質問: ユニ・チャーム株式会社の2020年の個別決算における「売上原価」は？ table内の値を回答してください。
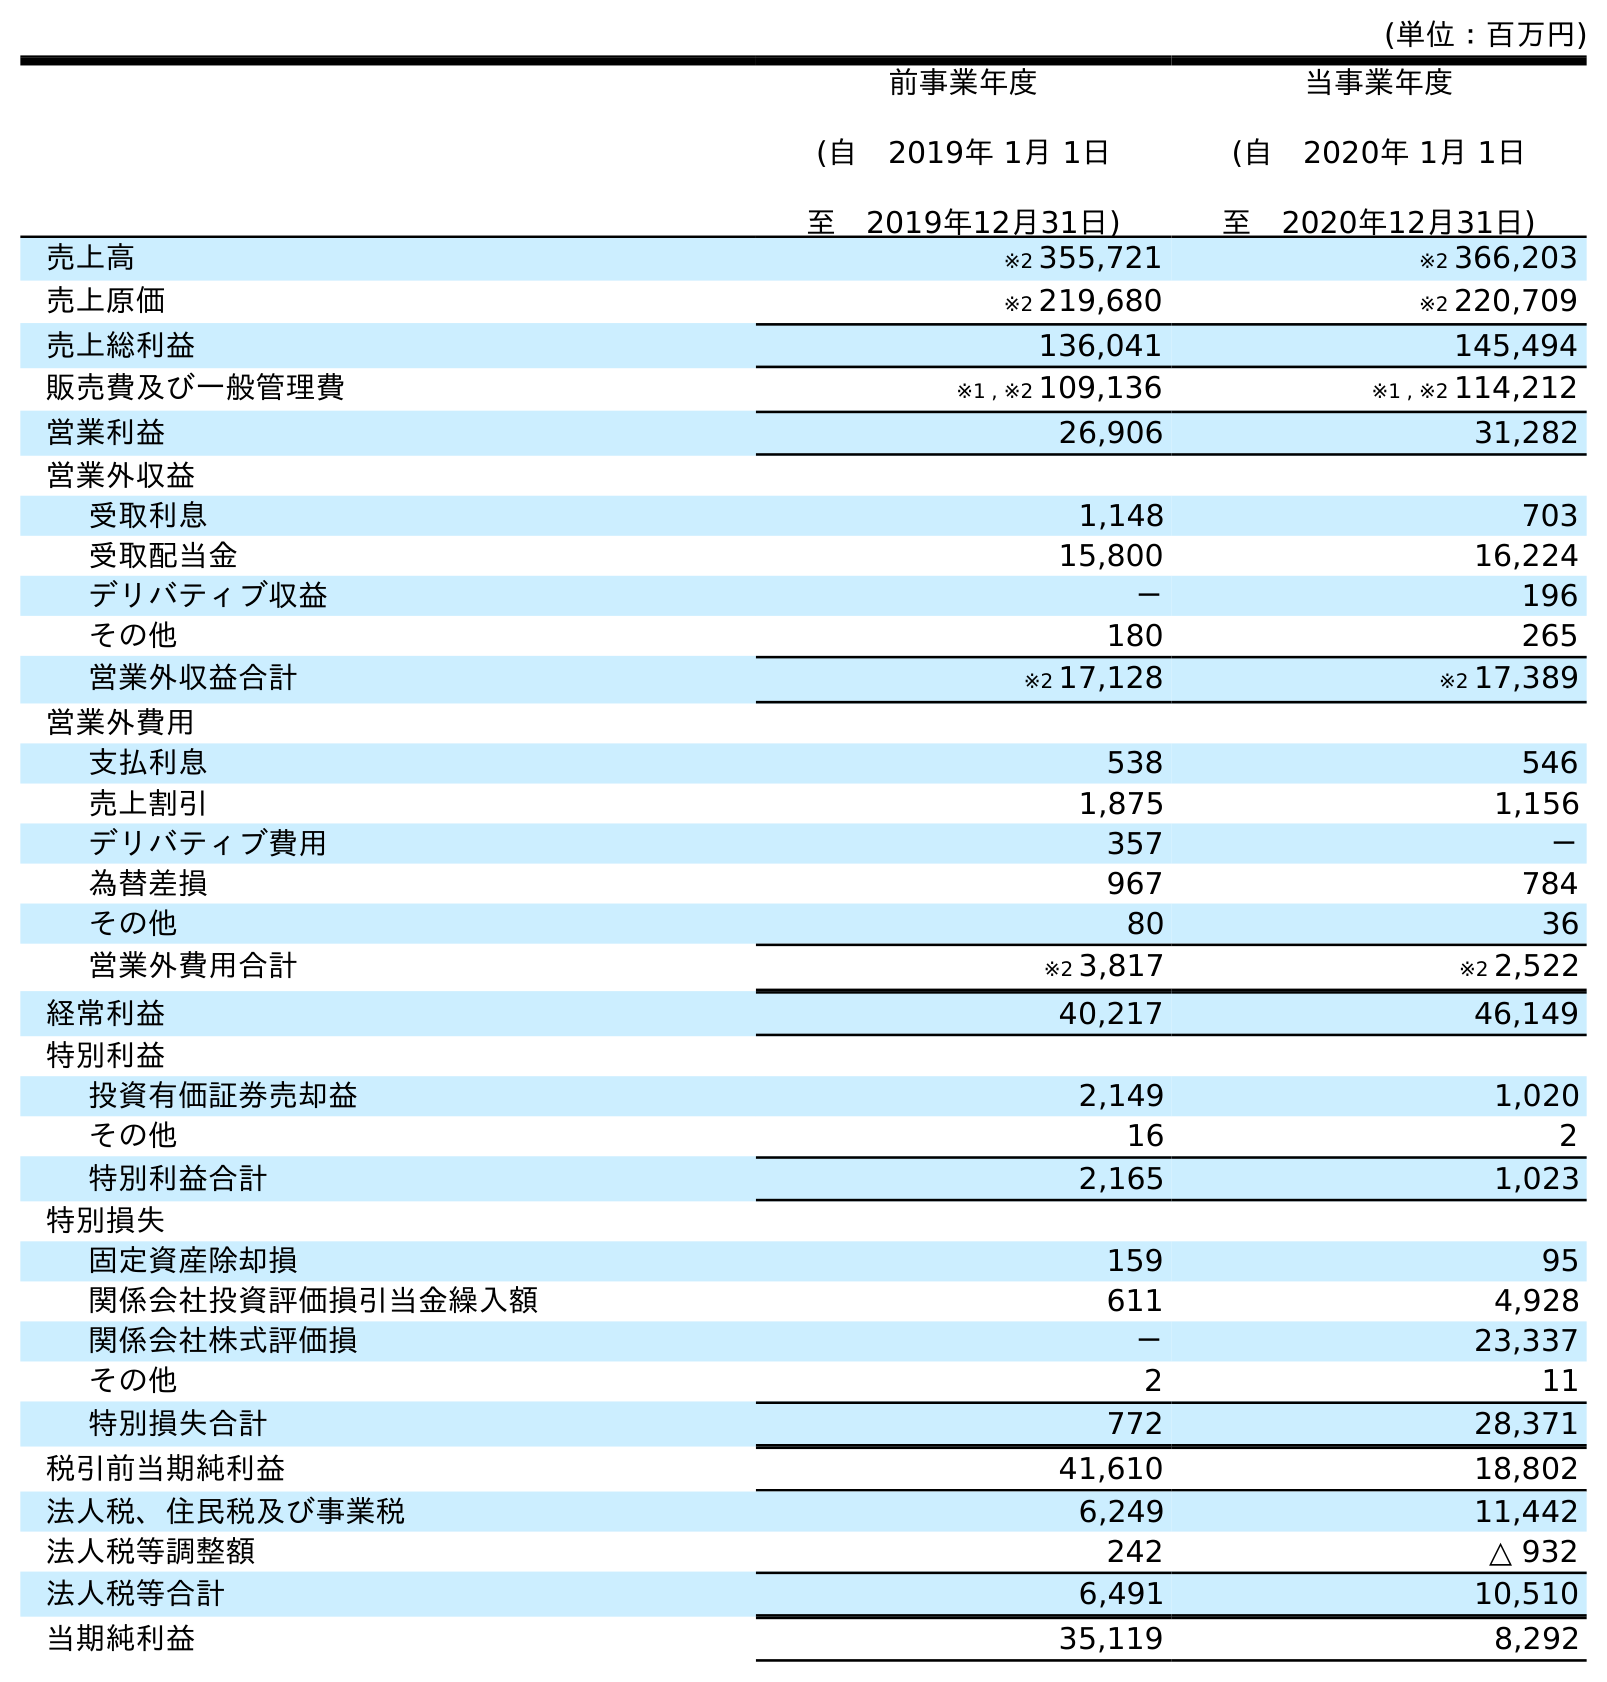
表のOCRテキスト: (単位：百万円) 前事業年度 (自 2019年 1月 1日 至 2019年12月31日) 当事業年度 (自 2020年 1月 1日 至 2020年12月31日) 売上高 ※2 355,721 ※2 366,203 売上原価 ※2 219,680 ※2 220,709 売上総利益 136,041 145,494 販売費及び一般管理費 ※1 , ※2 109,136 ※1 , ※2 114,212 営業利益 26,906 31,282 営業外収益 受取利息 1,148 703 受取配当金 15,800 16,224 デリバティブ収益 － 196 その他 180 265 営業外収益合計 ※2 17,128 ※2 17,389 営業外費用 支払利息 538 546 売上割引 1,875 1,156 デリバティブ費用 357 － 為替差損 967 784 その他 80 36 営業外費用合計 ※2 3,817 ※2 2,522 経常利益 40,217 46,149 特別利益 投資有価証券売却益 2,149 1,020 その他 16 2 特別利益合計 2,165 1,023 特別損失 固定資産除却損 159 95 関係会社投資評価損引当金繰入額 611 4,928 関係会社株式評価損 － 23,337 その他 2 11 特別損失合計 772 28,371 税引前当期純利益 41,610 18,802 法人税、住民税及び事業税 6,249 11,442 法人税等調整額 242 △ 932 法人税等合計 6,491 10,510 当期純利益 35,119 8,292
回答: ※2220,709